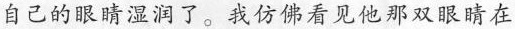
自己的眼睛湿润了。我仿佛看见他那双眼睛在